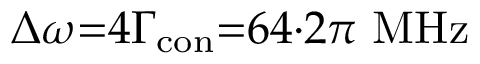
\Delta \omega { = } 4 \Gamma _ { \mathrm { c o n } } { = } 6 4 { \cdot } 2 \pi \ \mathrm { M H z }